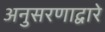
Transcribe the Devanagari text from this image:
अनुसरणाद्वारे